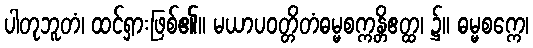
ပါတုဘူတံ၊ ထင်ရှားဖြစ်၏။ မယာပဝတ္တိတံဓမ္မစက္ကန္တိဧတ္ထ၊ ၌။ ဓမ္မစက္ကေ၊